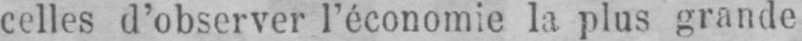
celles d’observer l’économie la plus grande